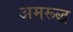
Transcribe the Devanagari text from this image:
अमरूद्ध